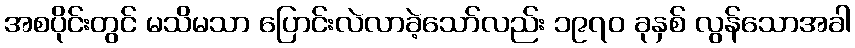
အစပိုင်းတွင် မသိမသာ ပြောင်းလဲလာခဲ့သော်လည်း ၁၉၇၀ ခုနှစ် လွန်သောအခါ